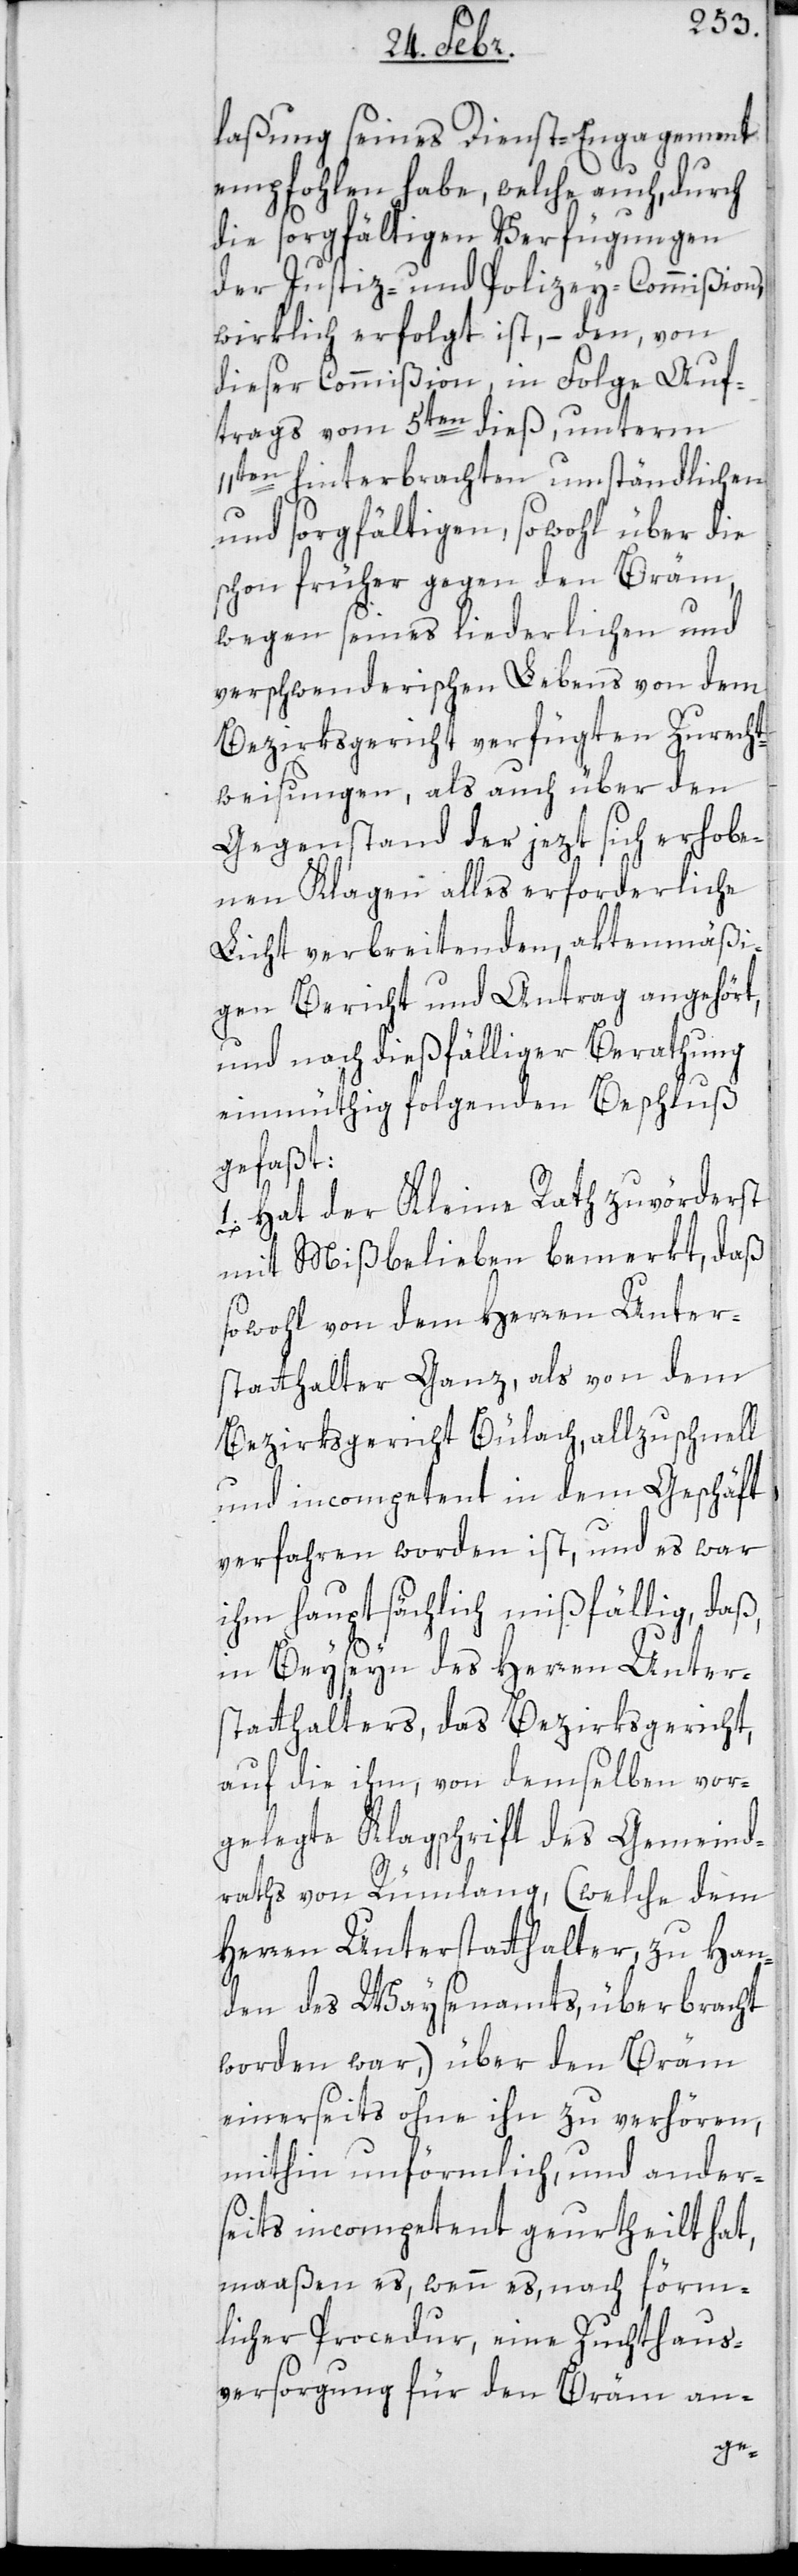
laßung seines Dienst-Engagement
empfohlen habe, welche auch, durch
die sorgfältigen Verfügungen
der Justiz- und Polizey-Commißion
wirklich erfolgt ist, – den von
dieser Commißion in Folge Auf¬
trags vom 5ten dieß, unterm
11ten hinterbrachten umständlichen
und sorgfältigen, sowohl über die
schon früher gegen den Bräm,
wegen seines liederlichen und
verschwenderischen Lebens von dem
Bezirksgericht verfügten Zurecht¬
weisungen, als auch über den
Gegenstand der jezt sich erhobe¬
nen Klagen alles erforderliche
Licht verbreitenden, aktenmäßi¬
gen Bericht und Antrag angehört,
und nach dießfälliger Berathung
einmüthig folgenden Beschluß
gefaßt:
1. Hat der Kleine Rath zuvörderst
mit Mißbelieben bemerkt, daß
sowohl von dem Herren Unter¬
statthalter Ganz, als von dem
Bezirksgericht Bülach, allzuschnell
und incompetent in dem Geschäft
verfahren worden ist, und es war
ihm hauptsächlich mißfällig, daß
in Beyseyn des Herren Unter¬
statthalters, das Bezirksgericht
auf die ihm, von demselben vor¬
gelegte Klagschrift des Gemeind¬
raths von Rümlang (welche dem
Herren Unterstatthalter, zu Han¬
den des Waysenamts, überbracht
worden war,) über den Bräm
einerseits ohne ihn zu verhören,
mithin unförmlich, und ander¬
seits incompetent geurtheilt hat,
maaßen es, wenn es nach förm¬
licher Procedur eine Zuchthaus¬
versorgung für den Bräm an-